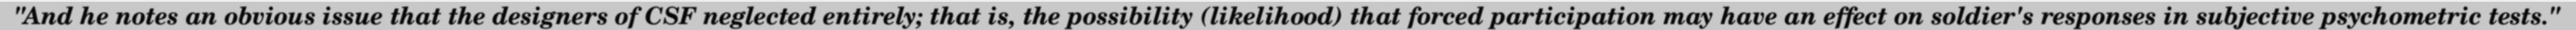
"And he notes an obvious issue that the designers of CSF neglected entirely; that is, the possibility (likelihood) that forced participation may have an effect on soldier's responses in subjective psychometric tests."